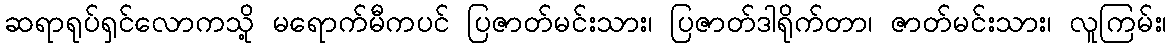
ဆရာရုပ်ရှင်လောကသို့ မရောက်မီကပင် ပြဇာတ်မင်းသား၊ ပြဇာတ်ဒါရိုက်တာ၊ ဇာတ်မင်းသား၊ လူကြမ်း၊